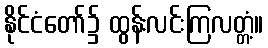
နိုင်ငံတော်၌ ထွန်းလင်းကြလတ္တံ့။